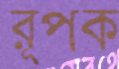
রূপক